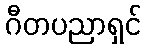
ဂီတပညာရှင်